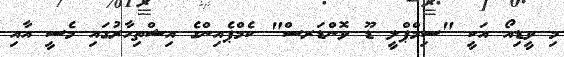
މި ވީޑިއޯ އަކީ "ސިމްޕްލީ ޑޫ ވޮންޑަރސް" ކެމްޕެއިންގެ އިޝްތިހާރުގައި މެސީ އާއި